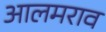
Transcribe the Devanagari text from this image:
आलमराव